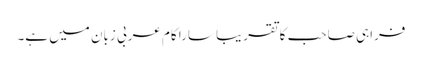
فراہی صاحب کا تقریباً سارا کام عربی زبان میں ہے۔